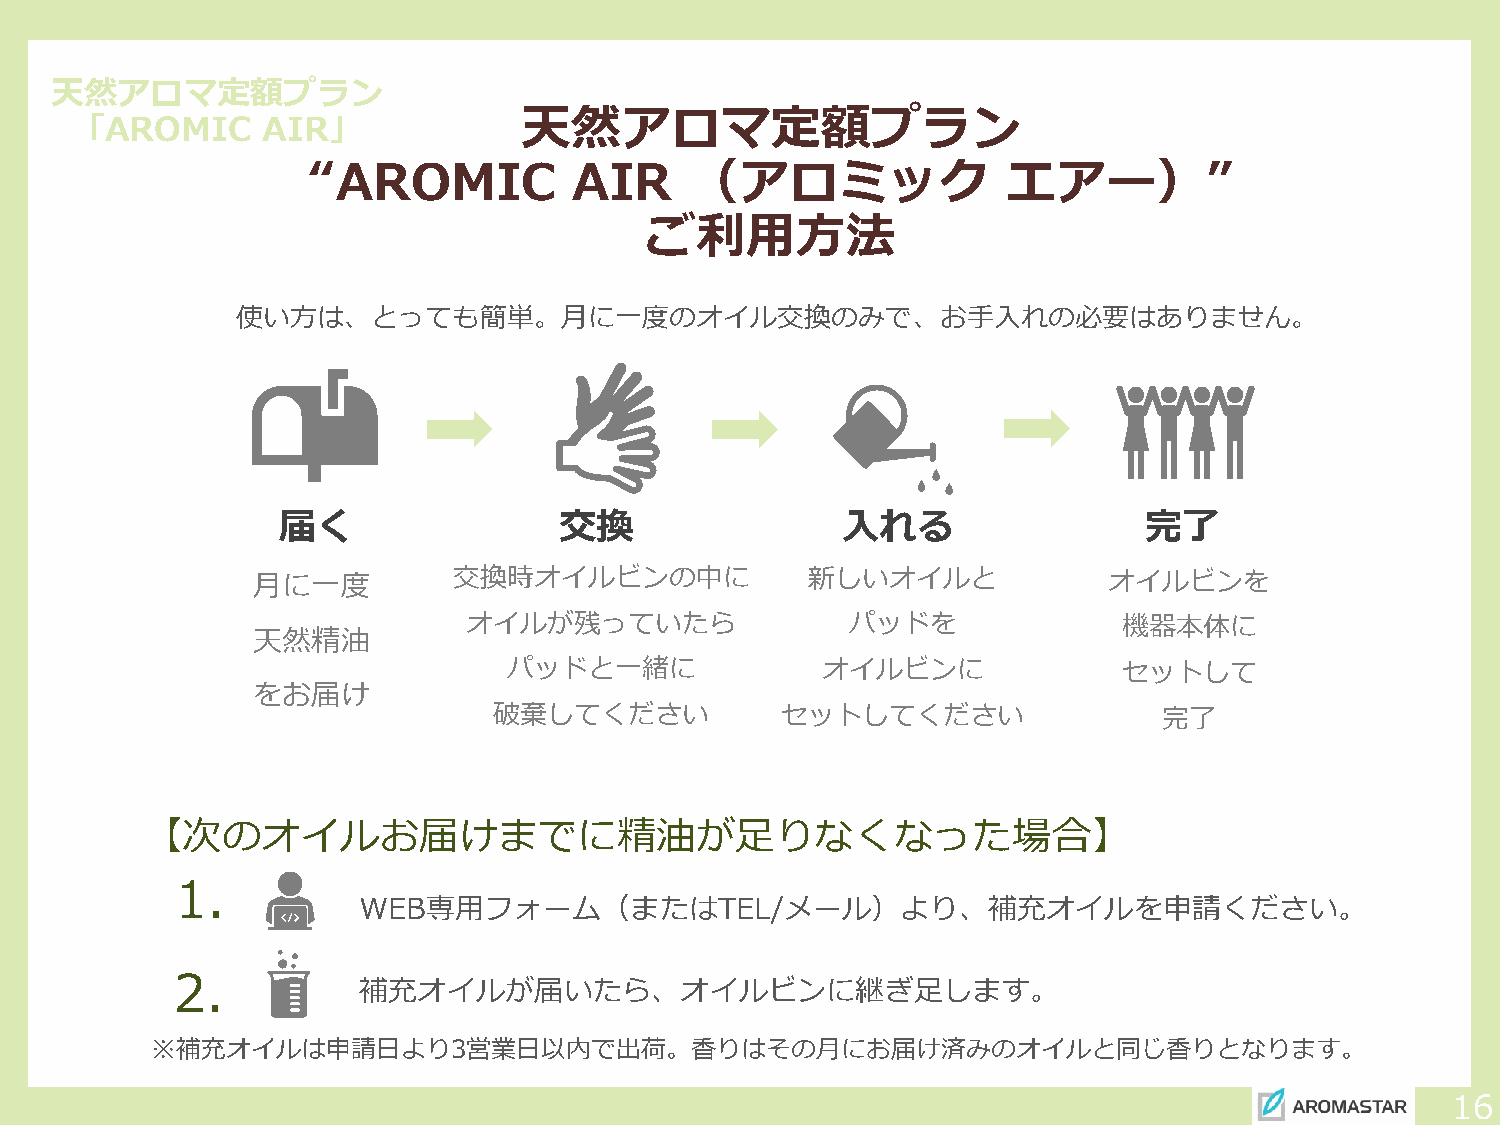
天然アロマ定額プラン
 天然アロマ定額プラン
 「AROMIC     AIR」
 “AROMIC           AIR     （アロミック               エアー）”
 ご利用方法
 使い方は、とっても簡単。月に一度のオイル交換のみで、お手入れの必要はありません。
 届く                 交換                 入れる                 完了
 月に一度         交換時オイルビンの中に             新しいオイルと            オイルビンを
 オイルが残っていたら               パッドを              機器本体に
 天然精油
 パッドと一緒に             オイルビンに              セットして
 をお届け
 破棄してください           セットしてください                完了
 【次のオイルお届けまでに精油が足りなくなった場合】
 1.
 WEB専用フォーム（またはTEL/メール）より、補充オイルを申請ください。
 2.
 補充オイルが届いたら、オイルビンに継ぎ足します。
 ※補充オイルは申請日より3営業日以内で出荷。香りはその月にお届け済みのオイルと同じ香りとなります。
 16